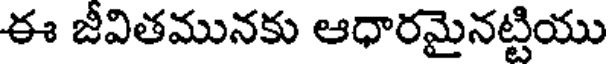
ఈ జీవితమునకు ఆధారమైనట్టియు